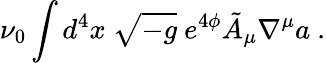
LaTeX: \nu_{0}\int d^{4}x\ \sqrt{-g}\ e^{4\phi}\tilde{A}_{\mu}\nabla^{\mu}a\ .